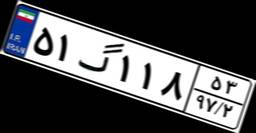
۵۱گ۱۱۸۵۳